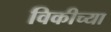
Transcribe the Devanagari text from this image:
विकीच्या